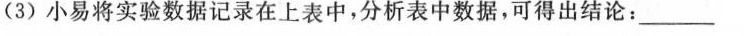
(3)小易将实验数据记录在上表中，分析表中数据，可得出结论：___________